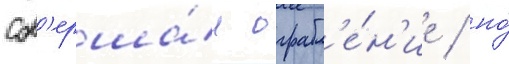
сов'ерша́л ограбл'е́н'ие / но́